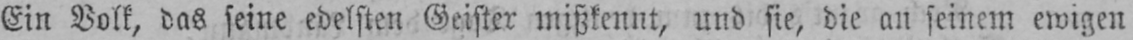
Ein Volk, das seine edelsten Geister mißkennt, und sie, die an seinem ewigen